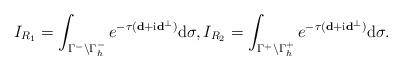
LaTeX: \begin{align*} I_{R_1}=\int_{\Gamma^-\setminus \Gamma^-_h}e^{-\tau (\mathbf d+\mathrm i\mathbf d^\perp)}\mathrm d\sigma,I_{R_2}=\int_{\Gamma^+\setminus \Gamma^+_h}e^{-\tau (\mathbf d+\mathrm i\mathbf d^\perp)}\mathrm d\sigma. \end{align*}